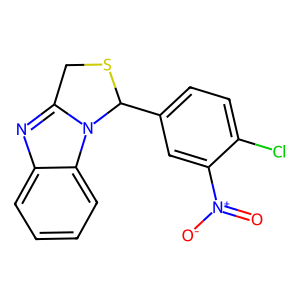
SMILES: O=[N+]([O-])c1cc(C2SCc3nc4ccccc4n32)ccc1Cl
Inhibits HIV replication: No